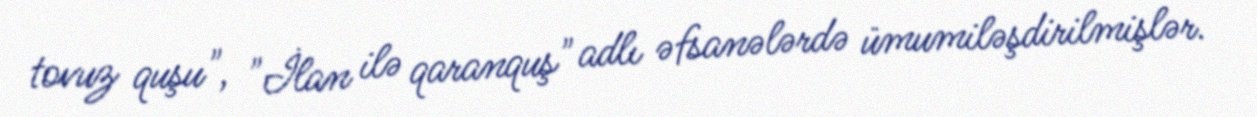
tovuz quşu", "İlan ilə qaranquş" adlı əfsanələrdə ümumiləşdirilmişlər.